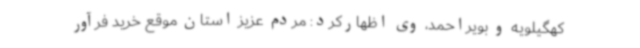
کهگیلویه و بویراحمد، وی اظهارکرد: مردم عزیز استان موقع خرید فرآور